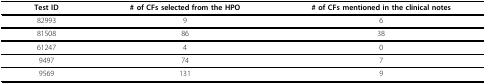
| Test ID | # of CFs selected from the HPO | # of CFs mentioned in the clinical notes |
 | --- | --- | --- |
 | 82993 | 9 | 6 |
 | 81508 | 86 | 38 |
 | 61247 | 4 | 0 |
 | 9497 | 74 | 7 |
 | 9569 | 131 | 9 |